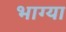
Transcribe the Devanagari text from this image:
भाग्या